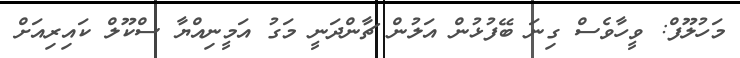
މަހުލޫފް: ވީހާވެސް ގިނަ ބޭފުޅުން އަލުން ޗާންދަނީ މަގު އަމީނިއްޔާ ސްކޫލް ކައިރިއަށް